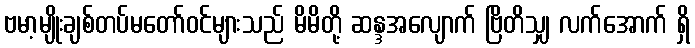
ဗမာ့မျိုးချစ်တပ်မတော်ဝင်များသည် မိမိတို့ ဆန္ဒအလျောက် ဗြိတိသျှ လက်အောက် ရှိ